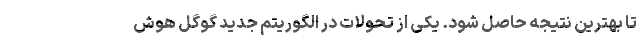
تا بهترین نتیجه حاصل شود. یکی از تحولات در الگوریتم جدید گوگل هوش